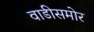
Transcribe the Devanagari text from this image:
वाडीसमोर